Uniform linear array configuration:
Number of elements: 8
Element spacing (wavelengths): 0.75
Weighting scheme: hamming
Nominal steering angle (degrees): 15
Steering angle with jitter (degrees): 16.823
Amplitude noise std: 0.05
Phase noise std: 0.05

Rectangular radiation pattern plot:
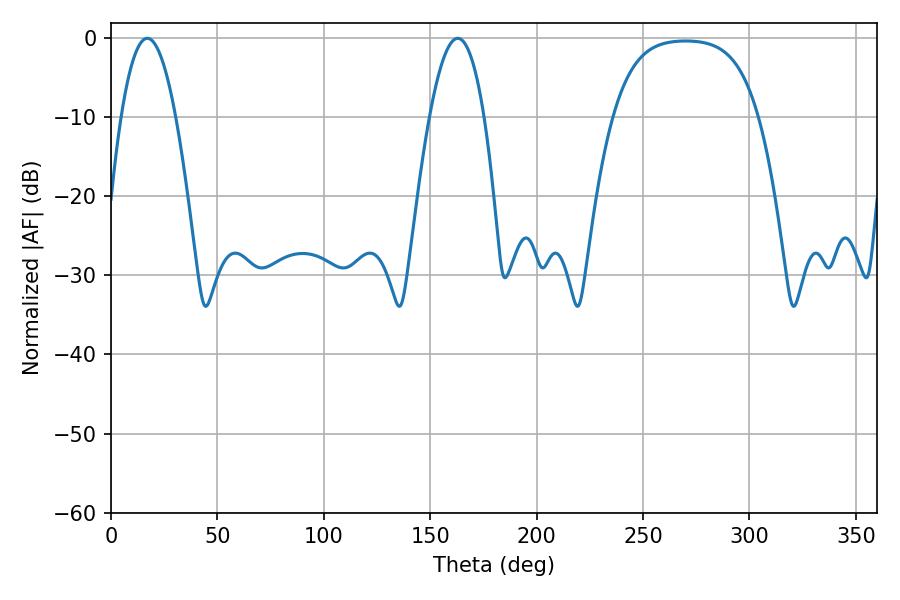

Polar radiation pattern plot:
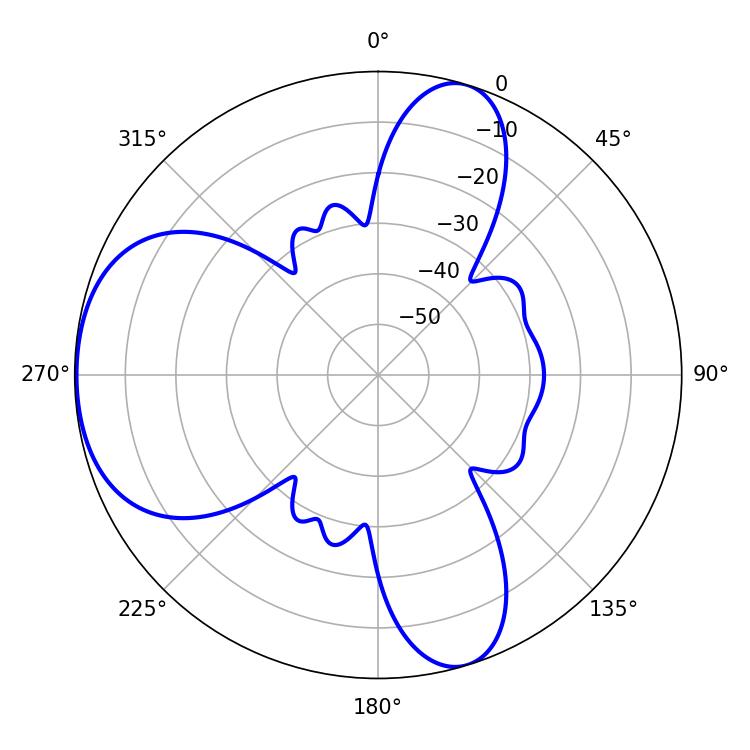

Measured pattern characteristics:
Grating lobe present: TRUE
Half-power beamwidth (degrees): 14.22
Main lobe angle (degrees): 17.1